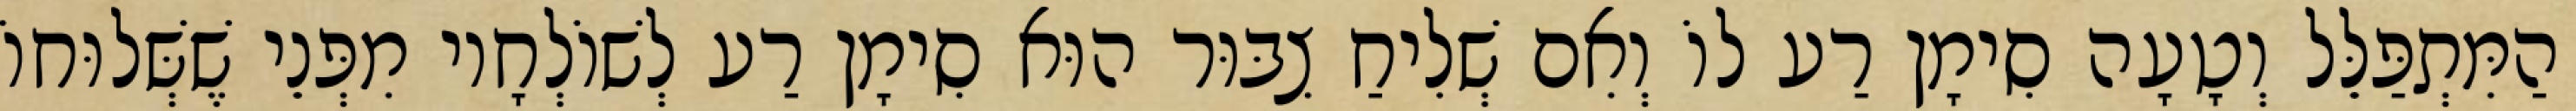
הַמִּתְפַּלֵּל וְטָעָה סִימָן רַע לוֹ וְאִם שְׁלִיחַ צִבּוּר הוּא סִימָן רַע לְשׁוֹלְחָיו מִפְּנֵי שֶׁשְּׁלוּחוֹ